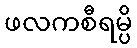
ဖလကစီရမ္ပိ